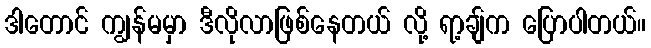
ဒါတောင် ကျွန်မမှာ ဒီလိုလာဖြစ်နေတယ် လို့ ရာ့ချ်က ပြောပါတယ်။